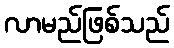
လာမည်ဖြစ်သည်